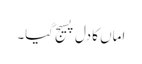
اماں کا دل پسیج گیا۔